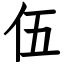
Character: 伍